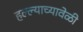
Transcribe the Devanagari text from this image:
हल्ल्याच्यावेळी